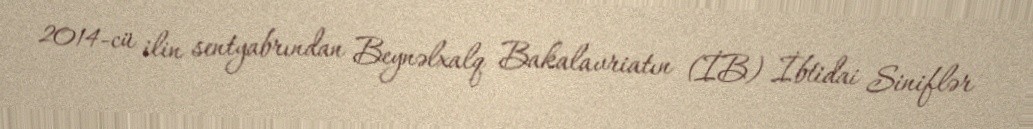
2014-cü ilin sentyabrından Beynəlxalq Bakalavriatın (İB) İbtidai Siniflər